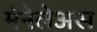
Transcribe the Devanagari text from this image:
मेनेलेअस